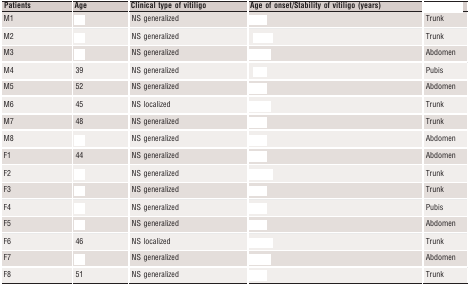
<table><thead><tr><td><b>Patients</b></td><td><b>Age</b></td><td><b>Clinical type of vitiligo</b></td><td><b>Age of onset/Stability of vitiligo (years)</b></td><td>[EMPTY_CELL]</td></tr></thead><tbody><tr><td>M1</td><td>[EMPTY_CELL]</td><td>NS generalized</td><td>[EMPTY_CELL]</td><td>Trunk</td></tr><tr><td>M2</td><td>[EMPTY_CELL]</td><td>NS generalized</td><td>[EMPTY_CELL]</td><td>Trunk</td></tr><tr><td>M3</td><td>[EMPTY_CELL]</td><td>NS generalized</td><td>[EMPTY_CELL]</td><td>Abdomen</td></tr><tr><td>M4</td><td>39</td><td>NS generalized</td><td>[EMPTY_CELL]</td><td>Pubis</td></tr><tr><td>M5</td><td>52</td><td>NS generalized</td><td>[EMPTY_CELL]</td><td>Abdomen</td></tr><tr><td>M6</td><td>45</td><td>NS localized</td><td>[EMPTY_CELL]</td><td>Trunk</td></tr><tr><td>M7</td><td>48</td><td>NS generalized</td><td>[EMPTY_CELL]</td><td>Trunk</td></tr><tr><td>M8</td><td>[EMPTY_CELL]</td><td>NS generalized</td><td>[EMPTY_CELL]</td><td>Abdomen</td></tr><tr><td>F1</td><td>44</td><td>NS generalized</td><td>[EMPTY_CELL]</td><td>Abdomen</td></tr><tr><td>F2</td><td>[EMPTY_CELL]</td><td>NS generalized</td><td>[EMPTY_CELL]</td><td>Trunk</td></tr><tr><td>F3</td><td>[EMPTY_CELL]</td><td>NS generalized</td><td>[EMPTY_CELL]</td><td>Trunk</td></tr><tr><td>F4</td><td>[EMPTY_CELL]</td><td>NS generalized</td><td>[EMPTY_CELL]</td><td>Pubis</td></tr><tr><td>F5</td><td>[EMPTY_CELL]</td><td>NS generalized</td><td>[EMPTY_CELL]</td><td>Abdomen</td></tr><tr><td>F6</td><td>46</td><td>NS localized</td><td>[EMPTY_CELL]</td><td>Trunk</td></tr><tr><td>F7</td><td>[EMPTY_CELL]</td><td>NS generalized</td><td>[EMPTY_CELL]</td><td>Abdomen</td></tr><tr><td>F8</td><td>51</td><td>NS generalized</td><td>[EMPTY_CELL]</td><td>Trunk</td></tr></tbody></table>